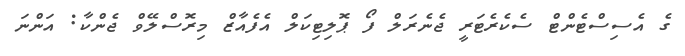
ގެ އެސިސްޓެންޓް ސެކެރެޓަރީ ޖެނެރަލް ފޯ ޕޮލިޓިކަލް އެފެއާޒް މިރޮސްލޭވް ޖެންކާ: އަންނަ